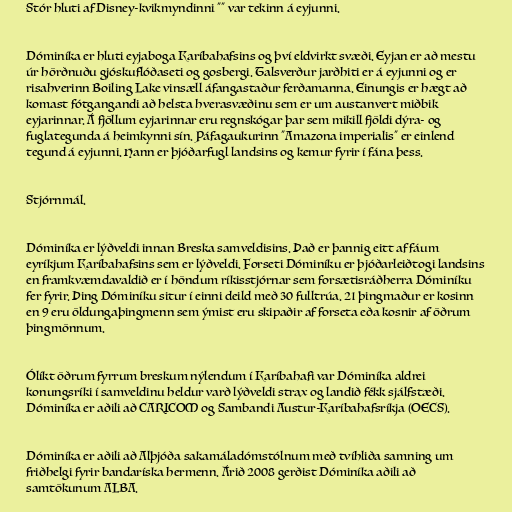
Stór hluti af Disney-kvikmyndinni "" var tekinn á eyjunni.

Dóminíka er hluti eyjaboga Karíbahafsins og því eldvirkt svæði. Eyjan er að mestu
úr hörðnuðu gjóskuflóðaseti og gosbergi. Talsverður jarðhiti er á eyjunni og er
risahverinn Boiling Lake vinsæll áfangastaður ferðamanna. Einungis er hægt að
komast fótgangandi að helsta hverasvæðinu sem er um austanvert miðbik
eyjarinnar. Á fjöllum eyjarinnar eru regnskógar þar sem mikill fjöldi dýra- og
fuglategunda á heimkynni sín. Páfagaukurinn "Amazona imperialis" er einlend
tegund á eyjunni. Hann er þjóðarfugl landsins og kemur fyrir í fána þess.

Stjórnmál.

Dóminíka er lýðveldi innan Breska samveldisins. Það er þannig eitt af fáum
eyríkjum Karíbahafsins sem er lýðveldi. Forseti Dóminíku er þjóðarleiðtogi landsins
en framkvæmdavaldið er í höndum ríkisstjórnar sem forsætisráðherra Dóminíku
fer fyrir. Þing Dóminíku situr í einni deild með 30 fulltrúa. 21 þingmaður er kosinn
en 9 eru öldungaþingmenn sem ýmist eru skipaðir af forseta eða kosnir af öðrum
þingmönnum.

Ólíkt öðrum fyrrum breskum nýlendum í Karíbahafi var Dóminíka aldrei
konungsríki í samveldinu heldur varð lýðveldi strax og landið fékk sjálfstæði.
Dóminíka er aðili að CARICOM og Sambandi Austur-Karíbahafsríkja (OECS).

Dóminíka er aðili að Alþjóða sakamáladómstólnum með tvíhliða samning um
friðhelgi fyrir bandaríska hermenn. Árið 2008 gerðist Dóminíka aðili að
samtökunum ALBA.